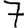
Digit: 7